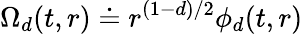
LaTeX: \Omega_{d}(t,r)\doteq r^{(1-d)/2}\phi_{d}(t,r)